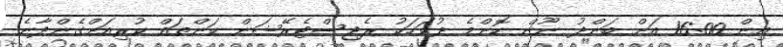
އިން 16:00 އަށް ބަންދު ނޫން ކޮންމެ ދުވަހަކު ރެޖިސްޓެރޭޝަން ކަންތައް ކުރިއަށްގެންދާނެ